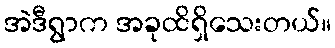
အဲဒီရွာက အခုထိရှိသေးတယ်။